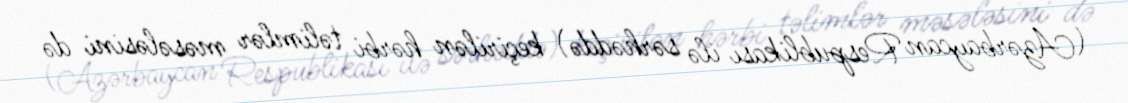
(Azərbaycan Respublikası ilə sərhəddə) keçirilən hərbi təlimlər məsələsini də